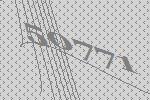
50771